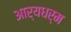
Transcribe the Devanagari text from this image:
आर्यधर्म